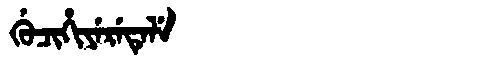
Manchu: ᡤᡠᠴᡳᡥᡳᠶᡝᡵᡝᡨᡝᠯᡝ
Romanization: GUCIHIYERETELE